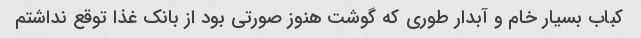
کباب بسیار خام و آبدار طوری که گوشت هنوز صورتی بود از بانک غذا توقع نداشتم